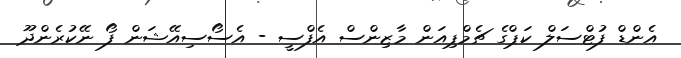
އެންޑް ފުޓްސަލް ކަޕްގެ ޗެމްޕިއަން މާޒިންސް އެފްސީ - އެސޯސިއޭޝަން ފޯ ނޭކުރެންދޫ